Lunatic asylums Punjab 1868-1880 - 1868-1880
Year: 1868
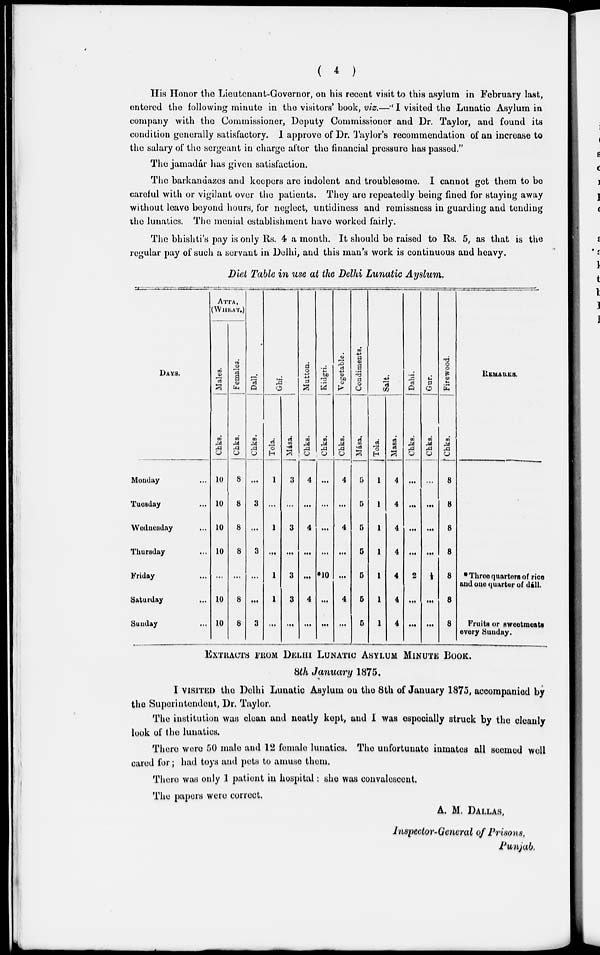
( 4 )
His Honor the Lieutenant-Governor, on his recent visit to this asylum in February last,
entered the following minute in the visitors' book, viz.—"I visited the Lunatic Asylum in
company with the Commissioner, Deputy Commissioner and Dr. Taylor, and found its
condition generally satisfactory. I approve of Dr. Taylor's recommendation of an increase to
the salary of the sergeant in charge after the financial pressure has passed."
The jamadár has given satisfaction.
The barkandazes and keepers are indolent and troublesome. I cannot get them to be
careful with or vigilant over the patients. They are repeatedly being fined for staying away
without leave beyond hours, for neglect, untidiness and remissness in guarding and tending
the lunatics. The menial establishment have worked fairly.
The bhishti's pay is only Rs. 4 a month. It should be raised to Rs. 5, as that is the
regular pay of such a servant in Delhi, and this man's work is continuous and heavy.
Diet Table in use at the Delhi Lunatic Ayslum.
DAYS,
Monday ...
Tuesday ...
Wednesday ...
Thursday ...
Friday ...
Saturday
Sunday
ATTA,
(WHEAT.)
Males.
Chks.
10
10
10
10
...
10
10
Females.
Chks.
8
8
8
8
...
8
8
Dall.
Chks.
...
3
...
3
...
...
3
Ghí.
Tola.
1
. . .
1
...
1
1
...
Mása.
3
...
3
...
3
3
...
Mutton.
Chks.
4
...
4
...
...
4
...
Kidgri.
Chks.
...
...
...
...
*10
...
...
Vegetable.
Chks.
4
...
4
...
...
4
...
Condiments.
Mása.
5
5
5
5
5
5
5
Salt.
Tola.
1
1
1
1
1
1
1
Masa.
4
4
4
4
4
4
4
Dahi.
Chks.
...
...
...
...
2
...
...
Gur.
Chks.
...
...
...
...
1/2
...
...
Firewood.
Chks.
8
8
8
8
8
8
8
REMARKS.
* Throe quarters of rice
and one quarter of dill.
Fruits or sweetmeats
every Sunday.
EXTRACTS FROM DELHI LUNATIC ASYLUM MINUTE BOOK.
8th January 1875.
I VISITED the Delhi Lunatic Asylum on the 8th of January 1875, accompanied by
the Superintendent, Dr, Taylor.
The institution was clean and neatly kept, and I was especially struck by the cleanly
look of the lunatics.
There were 50 male and 12 female lunatics. The unfortunate inmates all seemed well
cared for; had toys and pets to amuse them.
There was only 1 patient in hospital: she was convalescent.
The papers were correct.
A. M. DALLAS,
Inspector-General of Prisons,
Punjab.